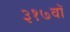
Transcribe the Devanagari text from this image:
३१७वॉ